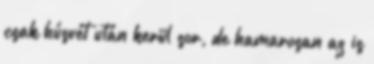
csak húsvét után kerül sor, de hamarosan az is